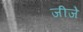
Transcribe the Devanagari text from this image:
जीजे